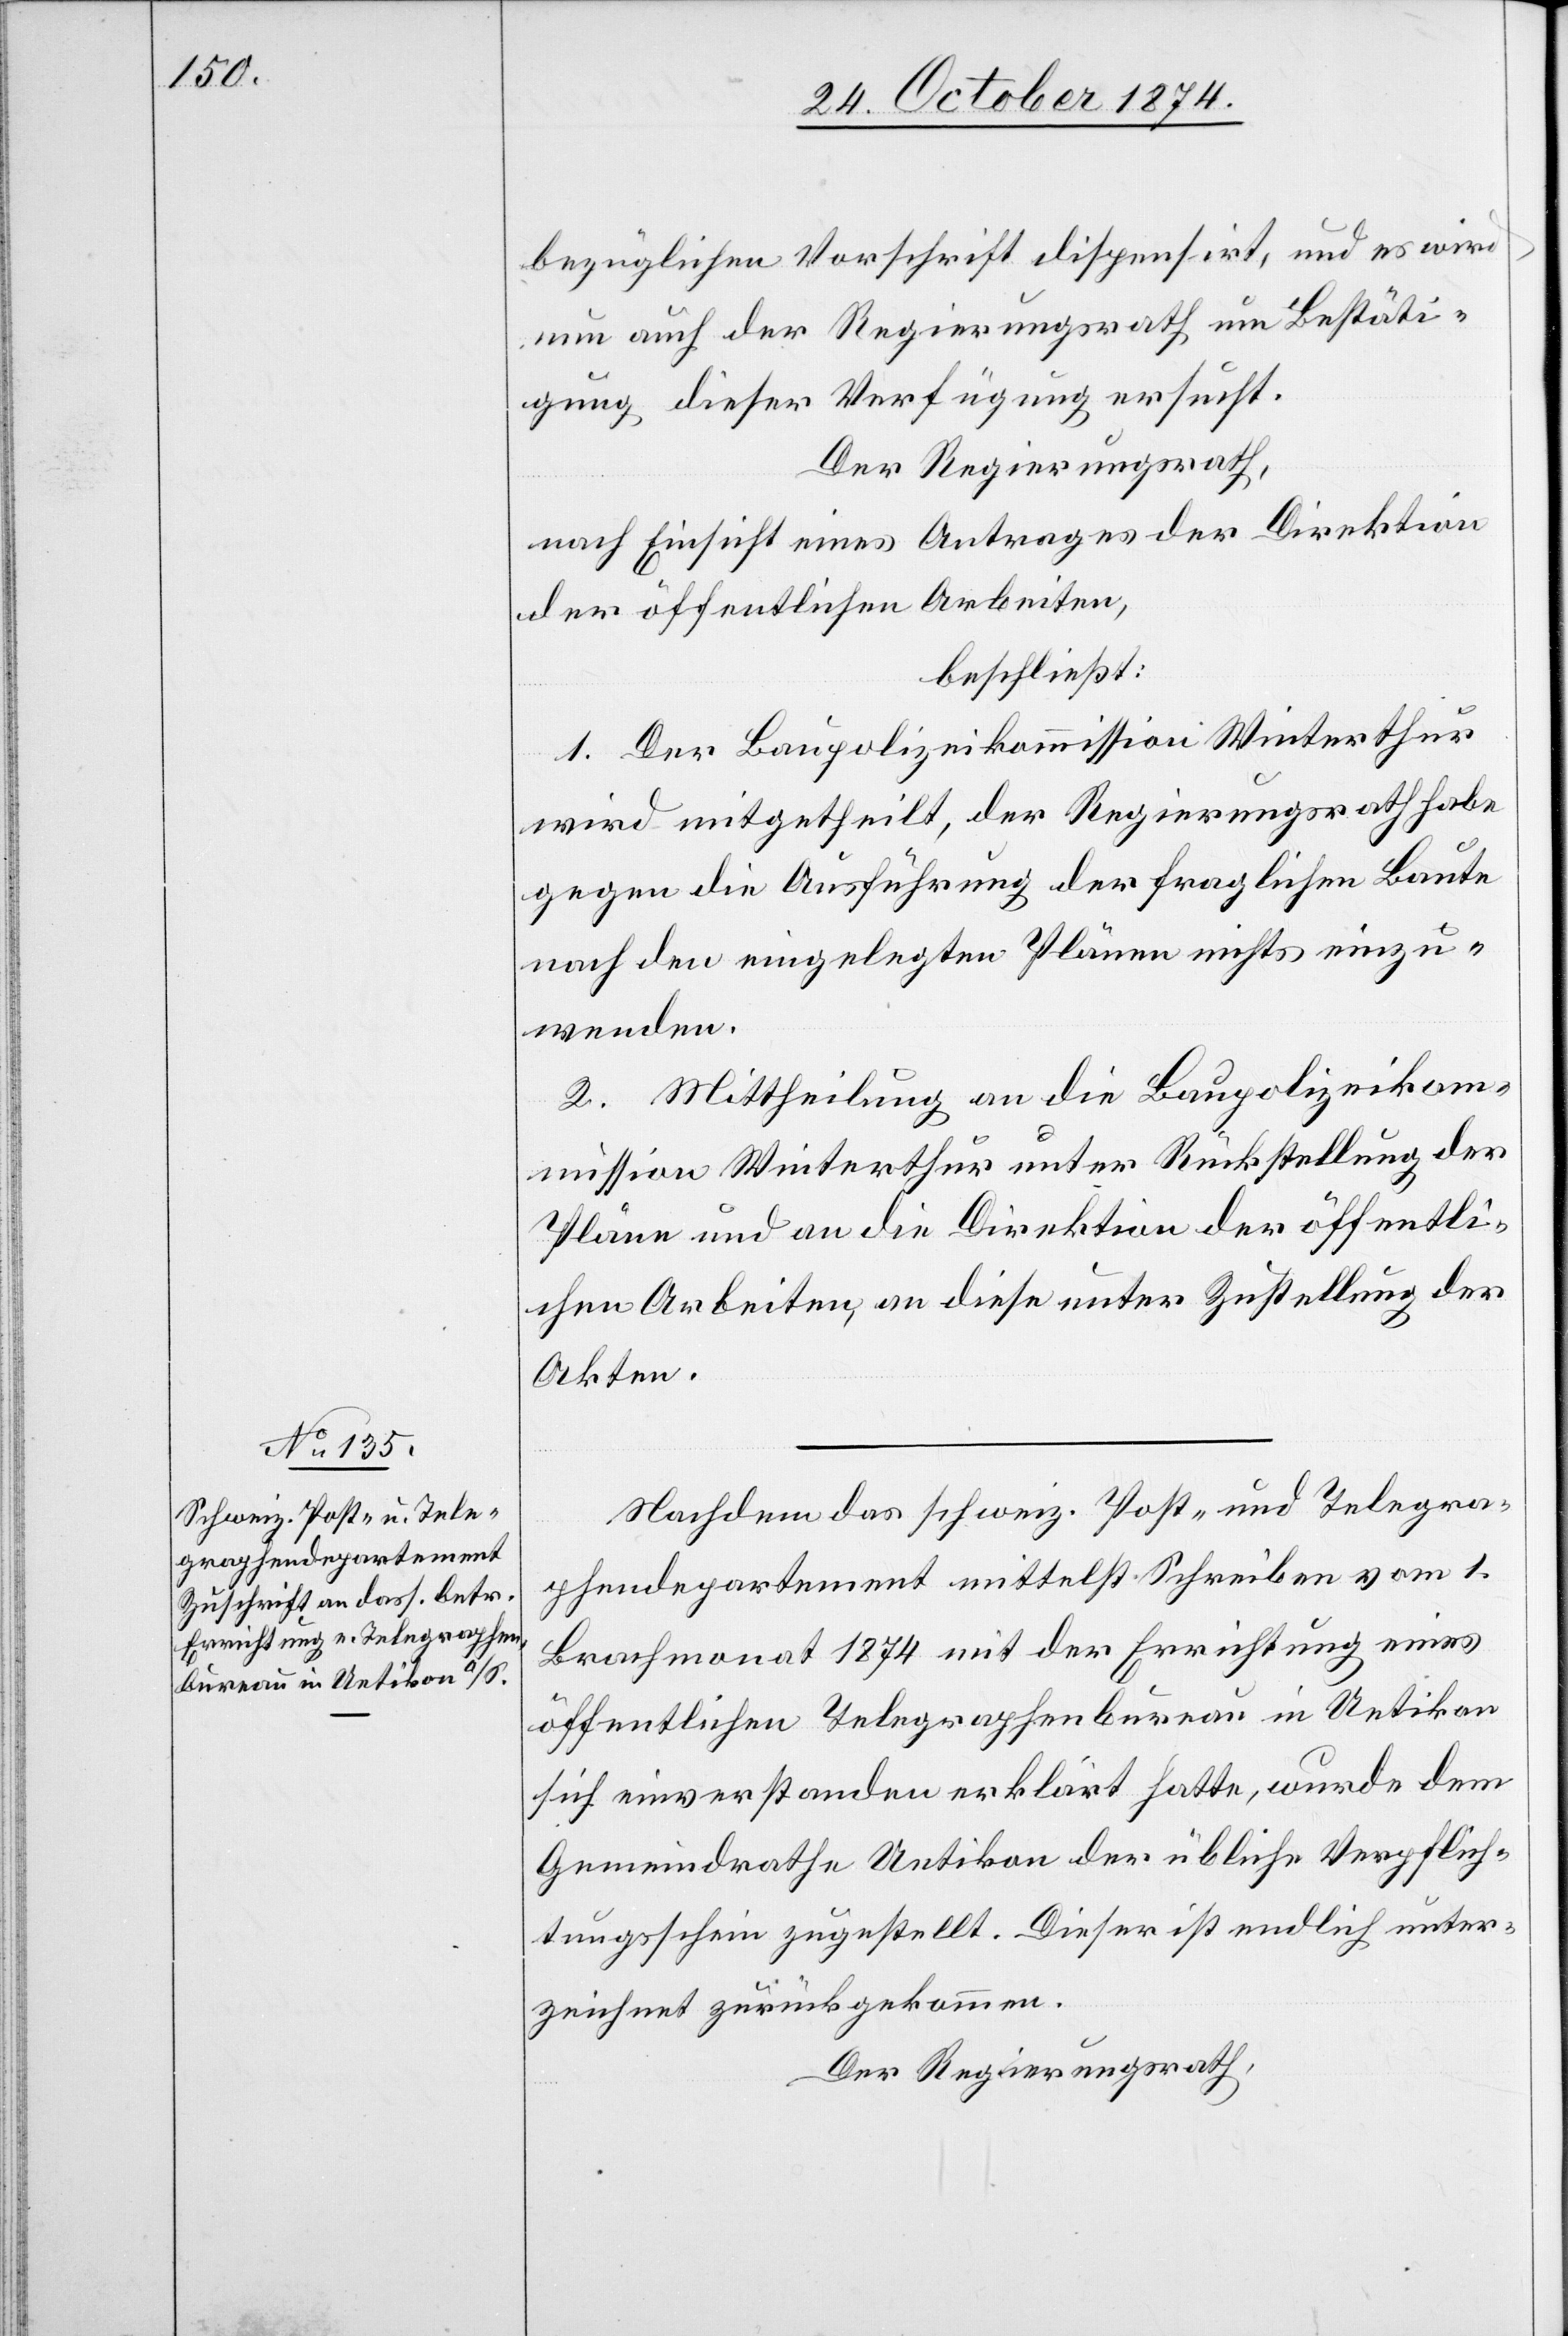
bezüglichen Vorschrift dispensirt, und es wird
nun auch der Regierungsrath um Bestäti¬
gung dieser Verfügung ersucht.
Der Regierungsrath,
nach Einsicht eines Antrages der Direktion
der öffentlichen Arbeiten,
beschließt:
1. Der Baupolizeikommission Winterthur
wird mitgetheilt, der Regierungsrath habe
gegen die Ausführung der fraglichen Baute
nach den eingelegten Plänen nichts einzu¬
wenden.
2. Mittheilung an die Baupolizeikom¬
mission Winterthur unter Rückstellung der
Pläne und an die Direktion der öffentli¬
chen Arbeiten, an diese unter Zustellung der
Akten.
Nachdem das schweiz. Post- und Telegra¬
phendepartement mittelst Schreiben vom 1.
Brachmonat 1874 mit der Errichtung eines
öffentlichen Telegraphenbureau in Uetikon
sich einverstanden erklärt hatte, wurde dem
Gemeindrathe Uetikon der übliche Verpflich¬
tungsschein zugestellt. Dieser ist endlich unter¬
zeichnet zurückgekommen.
Der Regierungsrath,